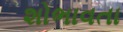
શોભાવતા